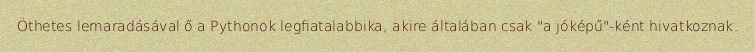
Öthetes lemaradásával ő a Pythonok legfiatalabbika, akire általában csak "a jóképű"-ként hivatkoznak.